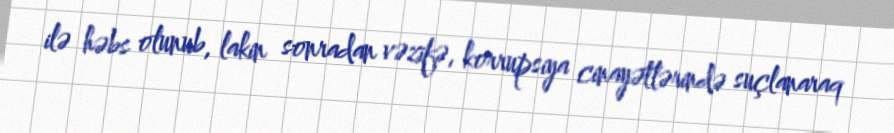
ilə həbs olunub, lakin sonradan vəzifə, korrupsiya cinayətlərində suçlanaraq